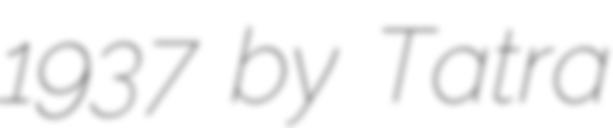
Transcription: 1937 by Tatra